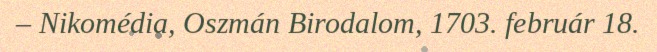
– Nikomédia, Oszmán Birodalom, 1703. február 18.